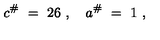
c ^ { \# } \ = \ 2 6 \ , \quad a ^ { \# } \ = \ 1 \ ,